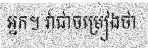
អ្នក។ វាជាចម្រៀងថា